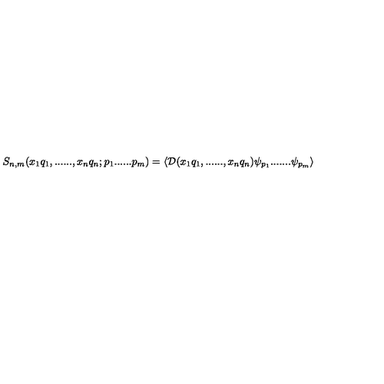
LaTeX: \left. S _ { n , m } ( x _ { 1 } q _ { 1 } , . . . . . . , x _ { n } q _ { n } ; p _ { 1 } . . . . . . p _ { m } ) = \langle { \cal D } ( x _ { 1 } q _ { 1 } , . . . . . . , x _ { n } q _ { n } ) \psi _ { p _ { 1 } } . . . . . . . \psi _ { p _ { m } } \rangle \right.